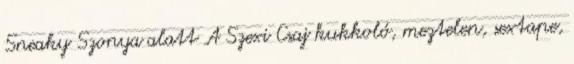
Sneaky Szonya alatt A Szexi Csaj kukkoló, meztelen, sextape,